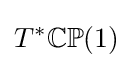
T^{*}\mathbb {CP} (1)